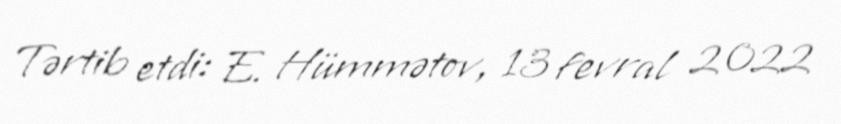
Tərtib etdi: E. Hümmətov, 13 fevral 2022